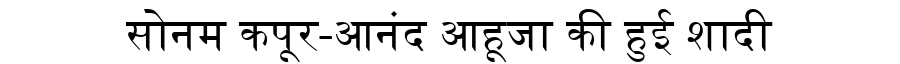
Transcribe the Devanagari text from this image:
सोनम कपूर-आनंद आहूजा की हुई शादी